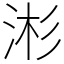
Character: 涁